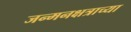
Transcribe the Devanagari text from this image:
जन्मनक्षत्राच्या